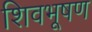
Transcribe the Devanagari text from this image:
शिवभूषण